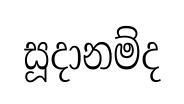
සූදානම්ද